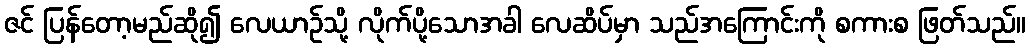
ဇင် ပြန်တော့မည်ဆို၍ လေယာဉ်သို့ လိုက်ပို့သောအခါ လေဆိပ်မှာ သည်အကြောင်းကို စကားစ ဖြတ်သည်။